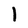
Character: 1